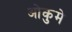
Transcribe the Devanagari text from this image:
ओकुमे